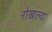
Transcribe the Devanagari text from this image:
रोखल्या